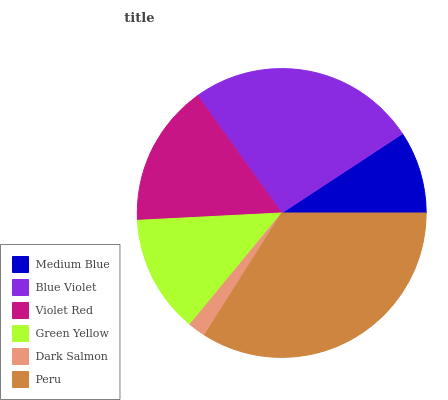
| Medium Blue | Blue Violet | Violet Red | Green Yellow | Dark Salmon | Peru |
 | --- | --- | --- | --- | --- | --- |
 | 9.26% | 25.7% | 15.9% | 13.2% | 1.99% | 33.9% |